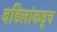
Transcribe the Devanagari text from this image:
वडिलांकडूच